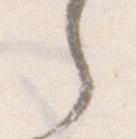
之